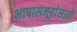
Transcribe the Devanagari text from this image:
भाषासमूहांसाठी